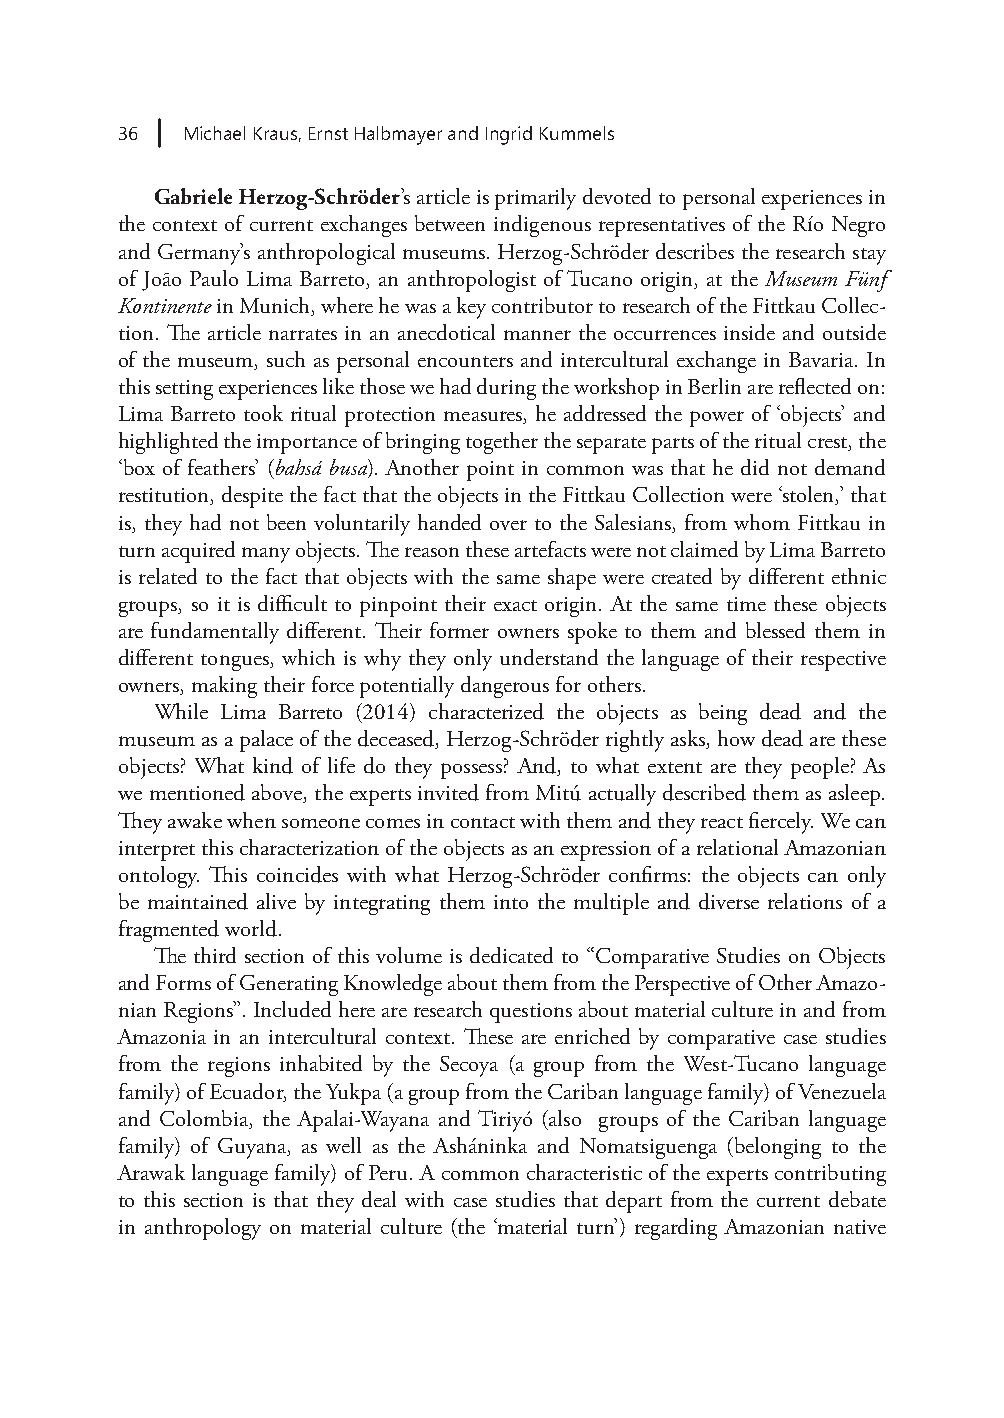
36  Michael Kraus, Ernst Halbmayer and Ingrid Kummels
 Gabriele Herzog-Schröder’s article is primarily devoted to personal experiences in
 the context of current exchanges between indigenous representatives of the Río Negro
 and Germany’s anthropological museums. Herzog-Schröder describes the research stay
 of João Paulo Lima Barreto, an anthropologist of Tucano origin, at the Museum Fünf
 Kontinente in Munich, where he was a key contributor to research of the Fittkau Collec-
 tion. The article narrates in an anecdotical manner the occurrences inside and outside
 of the museum, such as personal encounters and intercultural exchange in Bavaria. In
 this setting experiences like those we had during the workshop in Berlin are reflected on:
 Lima Barreto took ritual protection measures, he addressed the power of ‘objects’ and
 highlighted the importance of bringing together the separate parts of the ritual crest, the
 ‘box of feathers’ (bahsá busa). Another point in common was that he did not demand
 restitution, despite the fact that the objects in the Fittkau Collection were ‘stolen,’ that
 is, they had not been voluntarily handed over to the Salesians, from whom Fittkau in
 turn acquired many objects. The reason these artefacts were not claimed by Lima Barreto
 is related to the fact that objects with the same shape were created by different ethnic
 groups, so it is difficult to pinpoint their exact origin. At the same time these objects
 are fundamentally different. Their former owners spoke to them and blessed them in
 different tongues, which is why they only understand the language of their respective
 owners, making their force potentially dangerous for others.
 While Lima Barreto (2014) characterized the objects as being dead and the
 museum as a palace of the deceased, Herzog-Schröder rightly asks, how dead are these
 objects? What kind of life do they possess? And, to what extent are they people? As
 we mentioned above, the experts invited from Mitú actually described them as asleep.
 They awake when someone comes in contact with them and they react fiercely. We can
 interpret this characterization of the objects as an expression of a relational Amazonian
 ontology. This coincides with what Herzog-Schröder confirms: the objects can only
 be maintained alive by integrating them into the multiple and diverse relations of a
 fragmented world.
 The third section of this volume is dedicated to “Comparative Studies on Objects
 and Forms of Generating Knowledge about them from the Perspective of Other Amazo-
 nian Regions”. Included here are research questions about material culture in and from
 Amazonia in an intercultural context. These are enriched by comparative case studies
 from the regions inhabited by the Secoya (a group from the West-Tucano language
 family) of Ecuador, the Yukpa (a group from the Cariban language family) of Venezuela
 and Colombia, the Apalai-Wayana and Tiriyó (also groups of the Cariban language
 family) of Guyana, as well as the Asháninka and Nomatsiguenga (belonging to the
 Arawak language family) of Peru. A common characteristic of the experts contributing
 to this section is that they deal with case studies that depart from the current debate
 in anthropology on material culture (the ‘material turn’) regarding Amazonian native